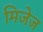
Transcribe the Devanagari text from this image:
मिजेज